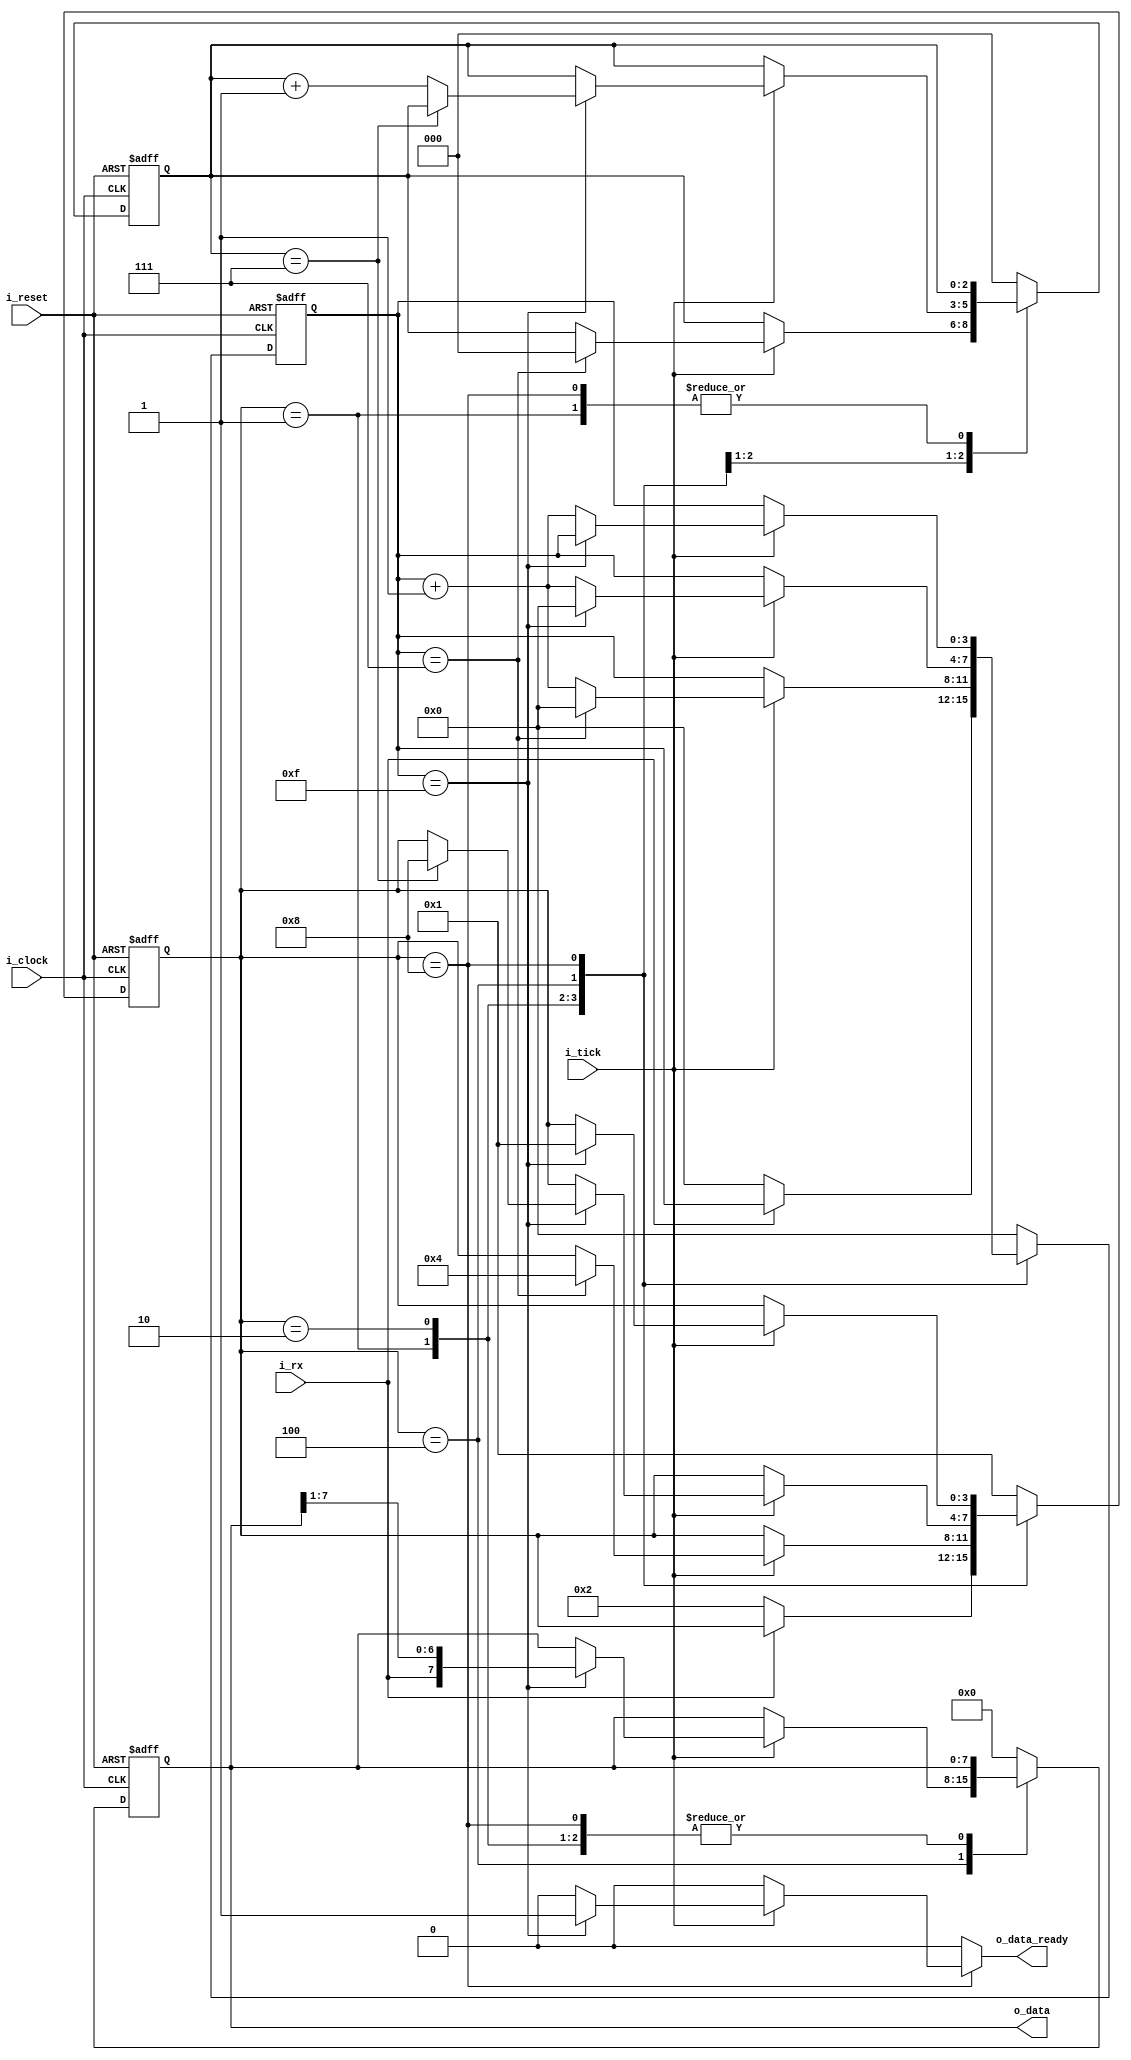

module rx_uart
#(
  parameter DATA_BITS = 8,
  parameter STOP_BITS = 1,
  parameter LEN_TICK_COUNTER =$clog2(16),
  parameter LEN_DATA_COUNTER = $clog2(DATA_BITS)
 )
 (
  input  i_clock,
  input  i_reset,
  input  i_tick,
  input  i_rx,
  output reg o_data_ready,
  output [DATA_BITS-1 : 0] o_data
 );
localparam NSTATE = 4;
localparam NTICK = 16;
/////////  estados //////////

localparam [3:0] IDLE  = 4'b0001;
localparam [3:0] START = 4'b0010;
localparam [3:0] DATA  = 4'b0100;
localparam [3:0] STOP  = 4'b1000;



 
localparam STOP_TICKS = STOP_BITS * 16;

reg [NSTATE-1 : 0] state;
reg [NSTATE-1 : 0] state_next;
reg [LEN_TICK_COUNTER-1 : 0] tick_reg;
reg [LEN_TICK_COUNTER-1 : 0] tick_next;
reg [DATA_BITS-1 : 0] data_reg;
reg [DATA_BITS-1 : 0] data;
reg [LEN_DATA_COUNTER-1 : 0] data_counter;
reg [LEN_DATA_COUNTER-1 : 0] data_counter_next;


assign o_data = data_reg;

always @ (posedge i_clock or posedge i_reset) begin
    if(i_reset)begin
        state <= IDLE;
        data_reg <= 0;
        data_counter <= 0;
        tick_reg <= 0;
    end
    else begin
        state <= state_next;
        tick_reg <= tick_next;
        data_counter <= data_counter_next;
        data_reg <= data;
    end
end



always @ * begin
    
    tick_next  = tick_reg;
    state_next = state;
    data_counter_next = data_counter;
    data = data_reg;
    o_data_ready = 1'b0;
    case(state)
        
        IDLE:begin
            if(~i_rx )begin
                state_next = START;
                tick_next = 0;
            end
        end    
        START: begin
            if(i_tick)begin
            
                if(tick_reg == 7)begin
                    state_next = DATA;
                    tick_next = 0;
                    data_counter_next = 0;
                end
                else
                    tick_next = tick_reg + 1;

            end
       end     
       DATA:
       begin
           if(i_tick)
           begin
               if(tick_reg == 15)
               begin
                  //saco el bit
                   data ={i_rx,data[DATA_BITS-1:1]};
                   tick_next = 0;

                   if(data_counter == (DATA_BITS - 1))
                       state_next = STOP;
                   else 
                       data_counter_next = data_counter + 1;
               end

               else 
                   tick_next = tick_reg + 1;
           end
       end    
       STOP : 
       begin
           if(i_tick)
           begin
               if(tick_reg == STOP_TICKS - 1)
               begin
                   o_data_ready = 1'b1;
                   state_next = IDLE;
               end
               else 
                  tick_next = tick_reg + 1;
           end
       end
       default:
       begin
            state_next = IDLE;
            data_counter_next = 0;
            tick_next = 0;
            data = 0;
       end
        
    endcase

end

endmodule